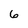
Character: 6